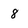
Character: 8